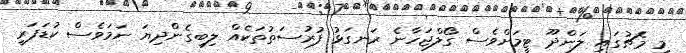
މި މެޗުގައި ލަންދޫ ޓީމަށްވެސް ގޯލްޖަހާނެ ރަނގަޅު ފުރުސަތުތަކެއް ލިބިގެންދިޔަ ނަމަވެސް ކުޑަފަރީ